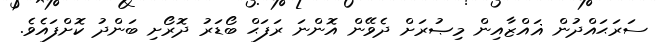
ސަރަޙައްދުން ޣައްޒާއިން މިޞުރަށް ދެވޭން އޮންނަ ރަފަޙް ބޯޑަރު ދޮރޯށި ބަންދު ކޮށްފައެވެ.